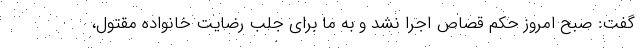
گفت: صبح امروز حکم قصاص اجرا نشد و به ما برای جلب رضایت خانواده مقتول،